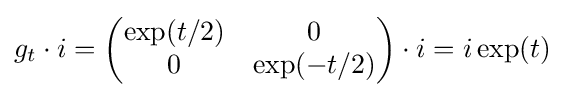
g_{t}\cdot i={\begin{pmatrix}\exp(t/2)&0\\0&\exp(-t/2)\end{pmatrix}}\cdot i=i\exp(t)